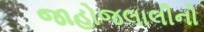
જાહોજલાલીનો